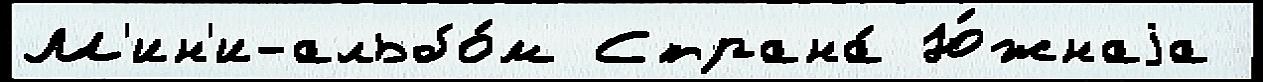
М'ин'и-альбо́м Страна́ Ю́жнаjа